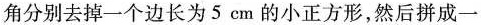
角分别去掉一个边长为5em的小正方形，然后拼成一